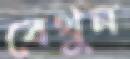
বেথুন